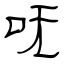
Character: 呒